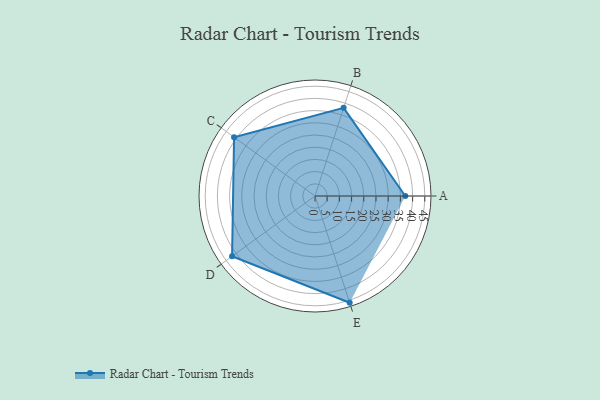
{"axis": {"x": "Skill", "y": "Score"}, "legend": ["Profile"], "data": [{"x": "A", "y": 37.0, "type": "Profile"}, {"x": "B", "y": 38.0, "type": "Profile"}, {"x": "C", "y": 41.0, "type": "Profile"}, {"x": "D", "y": 42.0, "type": "Profile"}, {"x": "E", "y": 46.0, "type": "Profile"}]}